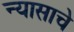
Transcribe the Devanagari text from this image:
न्यासाचे